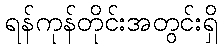
ရန်ကုန်တိုင်းအတွင်းရှိ